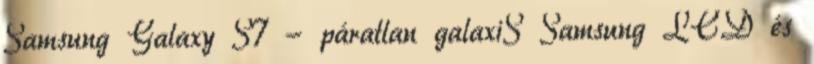
Samsung Galaxy S7 - páratlan galaxiS Samsung LCD és